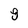
Character: 8